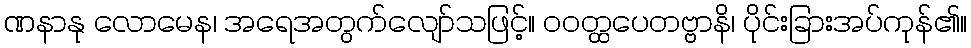
ဏနာနု လောမေန၊ အရေအတွက်လျော်သဖြင့်။ ဝဝတ္ထပေတဗ္ဗာနိ၊ ပိုင်းခြားအပ်ကုန်၏။